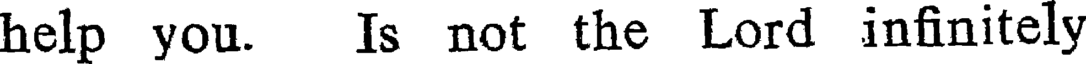
help you. Is not the Lord infinitely